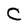
Character: C